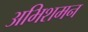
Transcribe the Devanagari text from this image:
अभिशमन